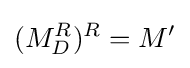
(M_{D}^{R})^{R}=M'